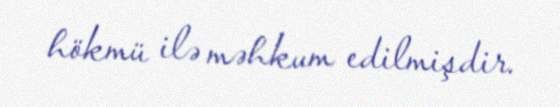
hökmü ilə məhkum edilmişdir.